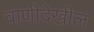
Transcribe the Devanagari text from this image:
वाणीदेखील